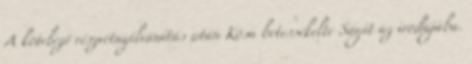
A kötelező részvétnyilvánítás után Kósa betessékelte Ságit az irodájába.